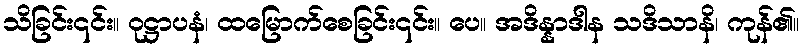
သိခြင်း၎င်း။ ဝုဋ္ဌာပနံ၊ ထမြောက်စေခြင်း၎င်း။ ပေ။ အဒိန္နာဒါန သဒိသာနိ၊ ကုန်၏။